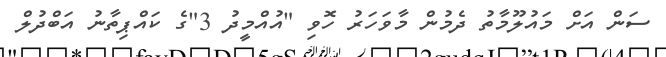
ސަން އަށް މައުލޫމާތު ދެމުން މާވަހަރު ހޮވި "އުއްމީދު 3"ގެ ކައްޕިތާނު އަބްދުލް